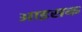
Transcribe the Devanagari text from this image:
आइसक